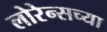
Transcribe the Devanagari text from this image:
लोरेन्सच्या